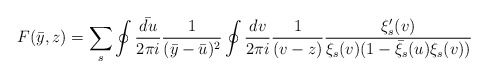
\begin{align*}F(\bar{y},z) = \sum_{s} \oint\frac{\bar{du}}{2 \pi i} \frac{1}{(\bar{y} -\bar{u})^2} \oint \frac{dv}{2 \pi i} \frac{1}{(v - z)}\frac{\xi_s'(v)}{\xi_s(v)(1 - \bar{\xi}_s(u)\xi_s(v))}\end{align*}